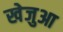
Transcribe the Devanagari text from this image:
खेजुआ